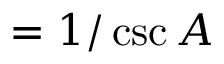
= { 1 / \csc A }